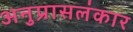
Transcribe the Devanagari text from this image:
अनुप्रासलंकार